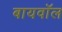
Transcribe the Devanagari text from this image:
बायवॉल